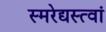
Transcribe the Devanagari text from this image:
स्मरेद्यस्त्वां